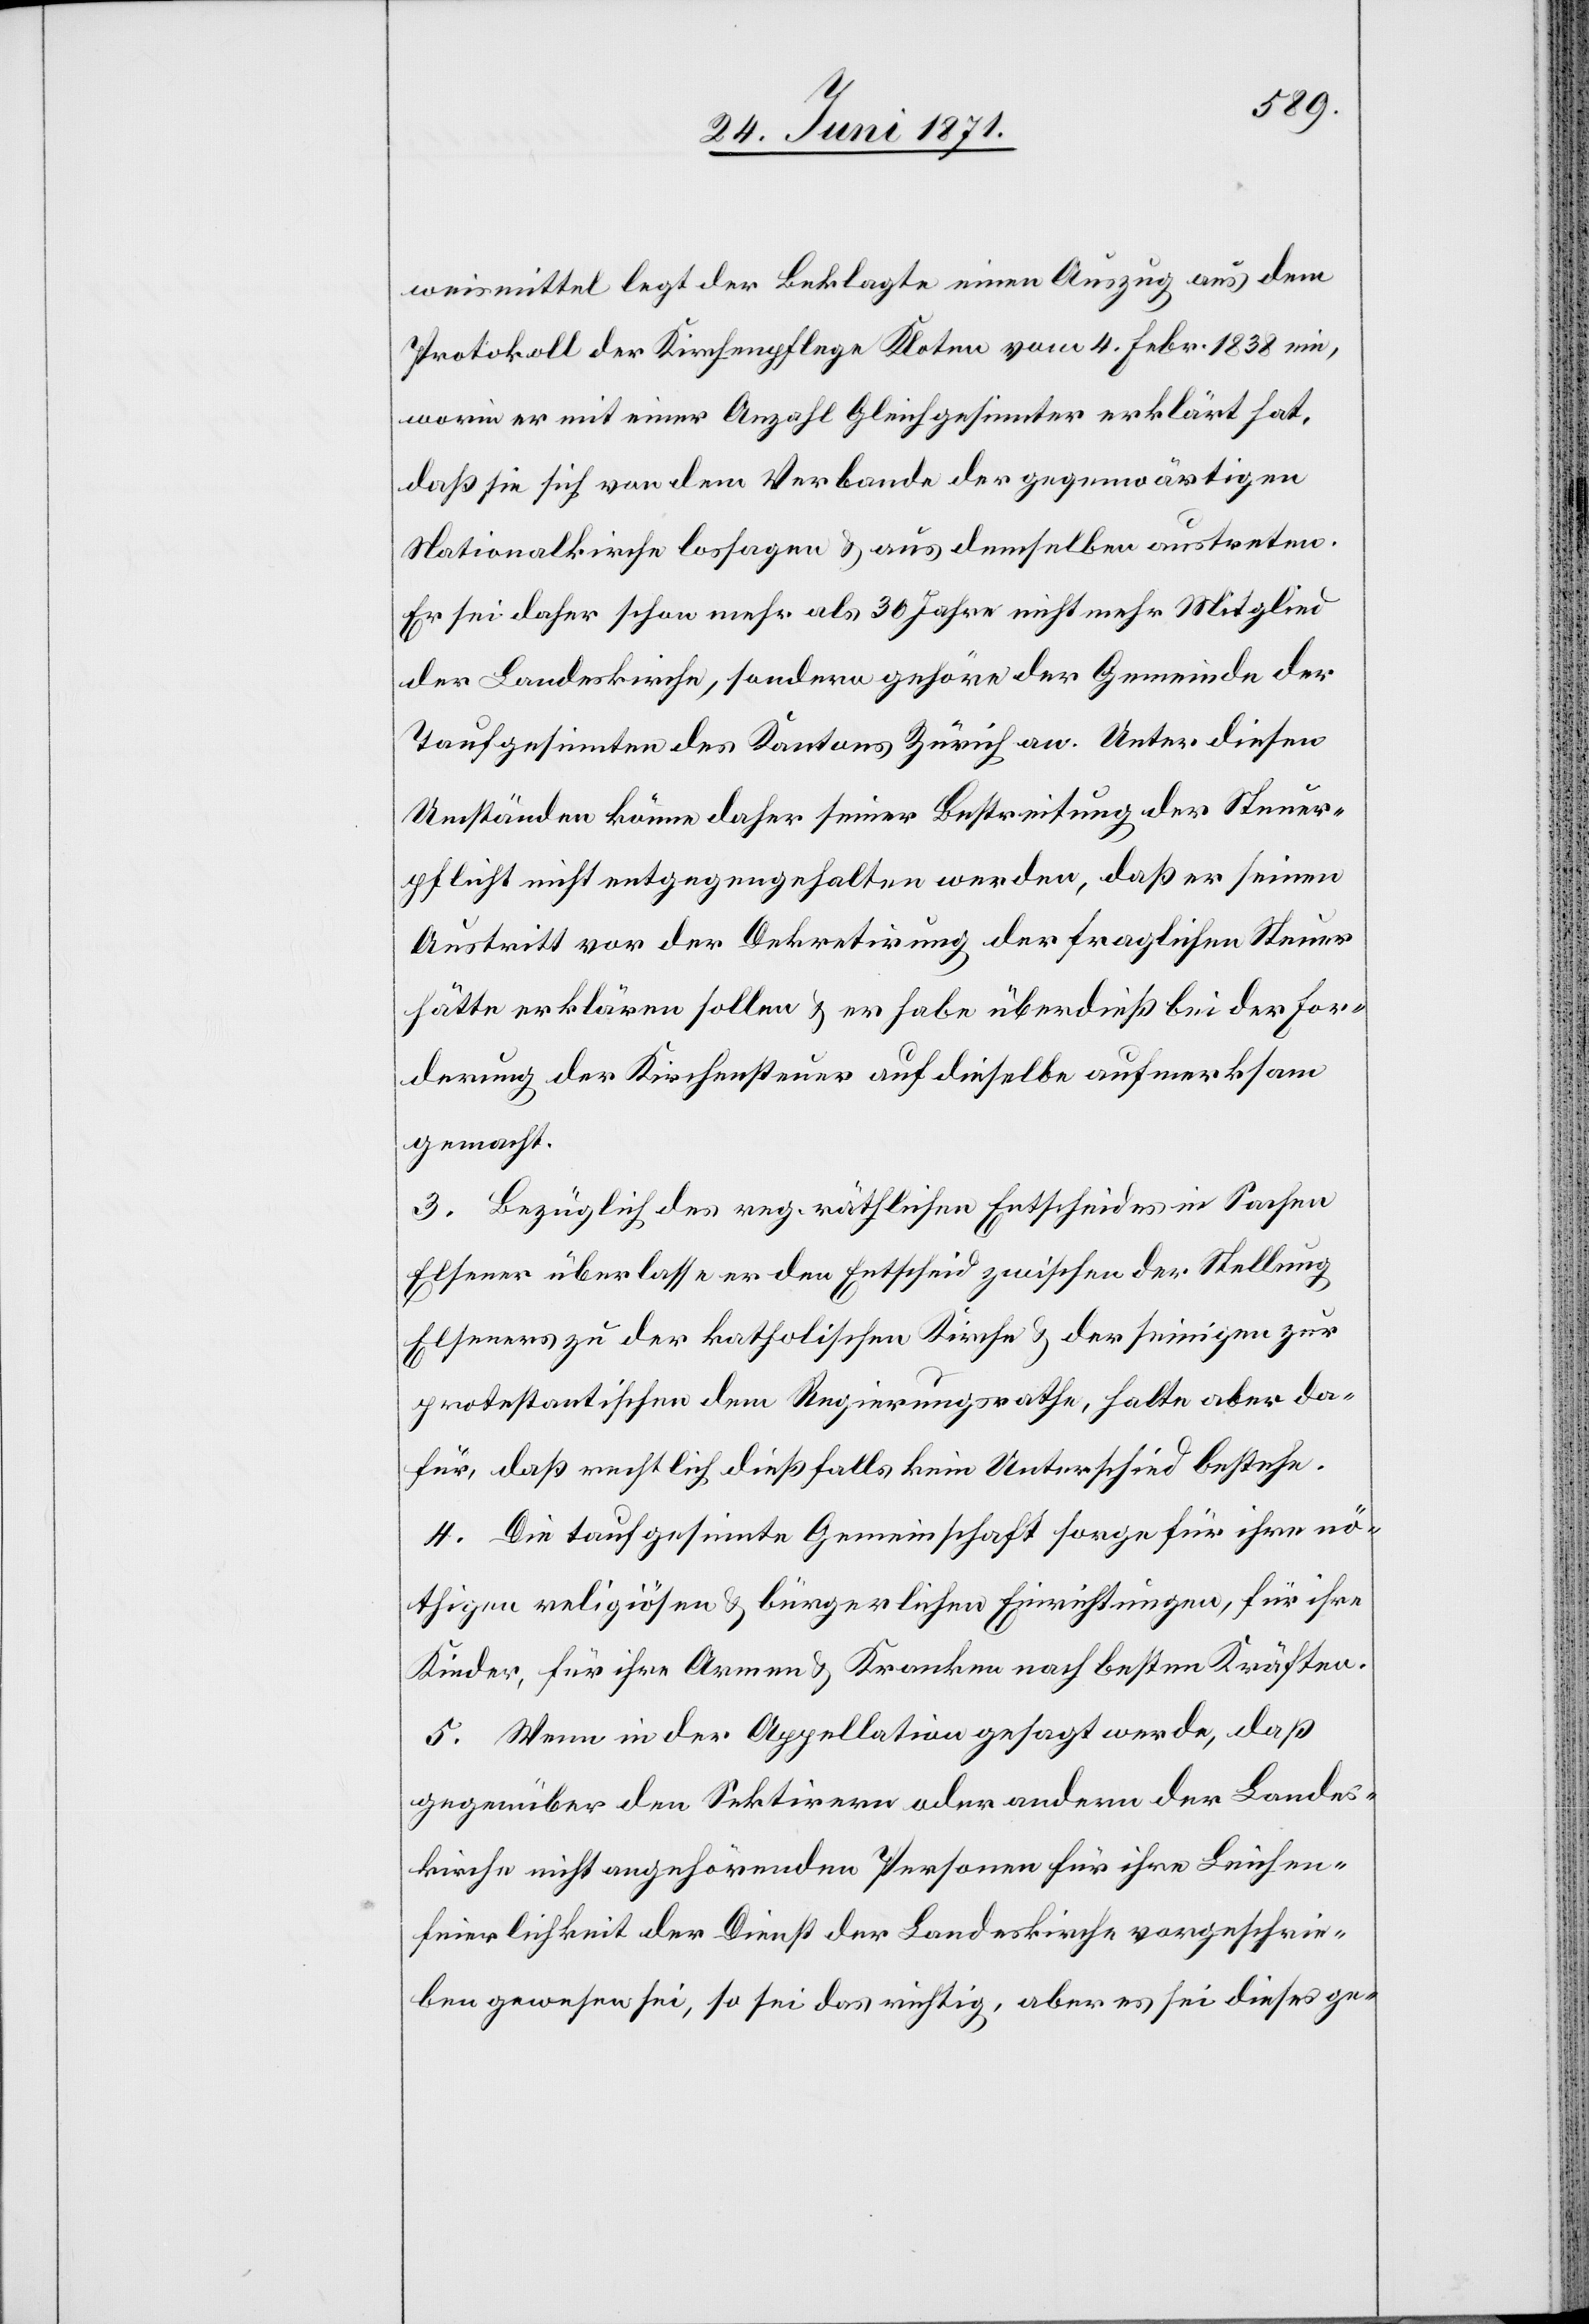
weismittel legt der Beklagte einen Auszug aus dem
Protokoll der Kirchenpflege Kloten vom 4. Febr. 1838 ein,
worin er mit einer Anzahl Gleichgesinnter erklärt hat,
daß sie sich von dem Verbande der gegenwärtigen
Nationalkirche lossagen u. aus demselben austreten.
Er sei daher schon mehr als 30 Jahre nicht mehr Mitglied
der Landeskirche, sondern gehöre der Gemeinde der
Taufgesinnten des Kantons Zürich an. Unter diesen
Umständen könne daher seiner Bestreitung der Steuer¬
pflicht nicht entgegengehalten werden, daß er seinen
Austritt vor der Dekretirung der fraglichen Steuer
hätte erklären sollen, er habe überdieß bei der For¬
derung der Kirchensteuer auf dieselbe aufmerksam
gemacht.
3. Bezüglich des reg. räthlichen Entscheides in Sachen
Elsener überlasse er den Entscheid zwischen der Stellung
Elseners zu der katholischen Kirche u. der seinigen zur
protestantischen dem Regierungsrathe, halte aber da¬
für, daß rechtlich dießfalls kein Unterschied bestehe.
4. Die taufgesinnte Gemeinschaft sorge für ihre nö¬
thigen religiösen u. bürgerlichen Einrichtungen, für ihre
Kinder, für ihre Armen u. Kranken nach besten Kräften.
5. Wenn in der Appellation gesagt werde, daß
gegenüber den Sektirern oder andern der Landes¬
kirche nicht angehörenden Personen für ihre Leichen¬
feierlichkeit der Dienst der Landeskirche vorgeschrie¬
ben gewesen sei, so sei das richtig, aber es sei diese ge-